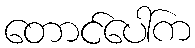
တောင်ပေါ်က